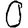
Digit: 0